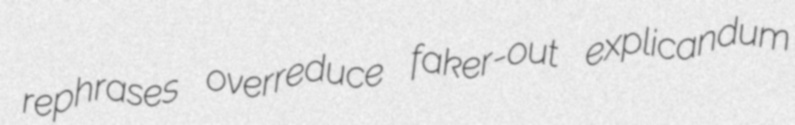
rephrases overreduce faker-out explicandum